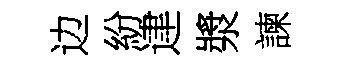
边紛䢖漿諫